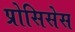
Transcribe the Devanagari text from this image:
प्रोसिसेस